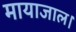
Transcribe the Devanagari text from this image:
मायाजाल।